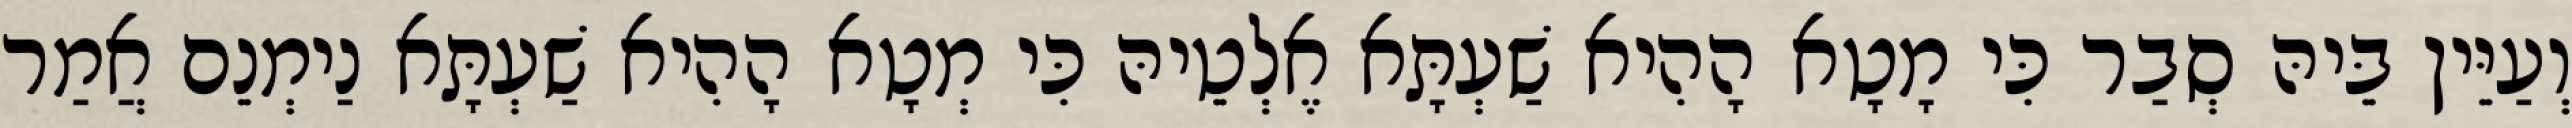
וְעַיֵּין בֵּיהּ סְבַר כִּי מָטָא הָהִיא שַׁעְתָּא אֶלְטֵיהּ כִּי מְטָא הָהִיא שַׁעְתָּא נַימְנֵם אֲמַר